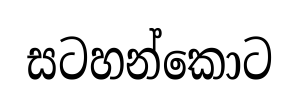
සටහන්කොට